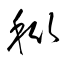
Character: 秕